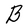
Character: B